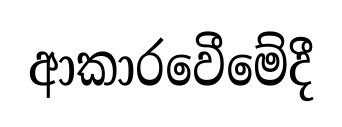
ආකාරවෙීමේදී